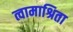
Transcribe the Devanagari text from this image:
त्वामाश्रिता